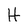
Character: H